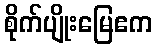
စိုက်ပျိုးမြေဧက